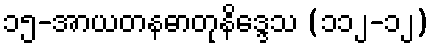
၁၅-အာယတနဓာတုနိဒ္ဒေသ (၁၁၂-၁၂)